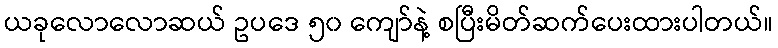
ယခုလောလောဆယ် ဥပဒေ ၅၀ ကျော်နဲ့ စပြီးမိတ်ဆက်ပေးထားပါတယ်။